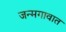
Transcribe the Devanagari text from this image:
जन्मगावात